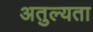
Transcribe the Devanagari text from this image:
अतुल्यता